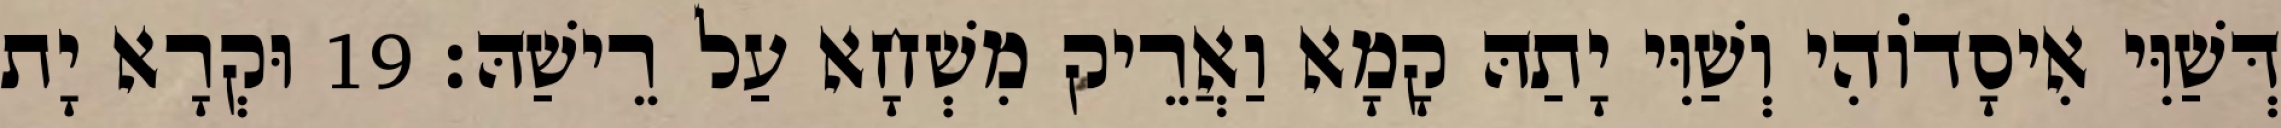
דְּשַׁוִּי אִיסָדוֹהִי וְשַׁוִּי יָתַהּ קָמָא וַאֲרֵיק מִשְׁחָא עַל רֵישַׁהּ׃ 19 וּקְרָא יָת